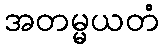
အတမ္မယတံ